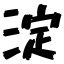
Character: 淀